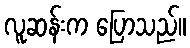
လူဆန်းက ပြောသည်။